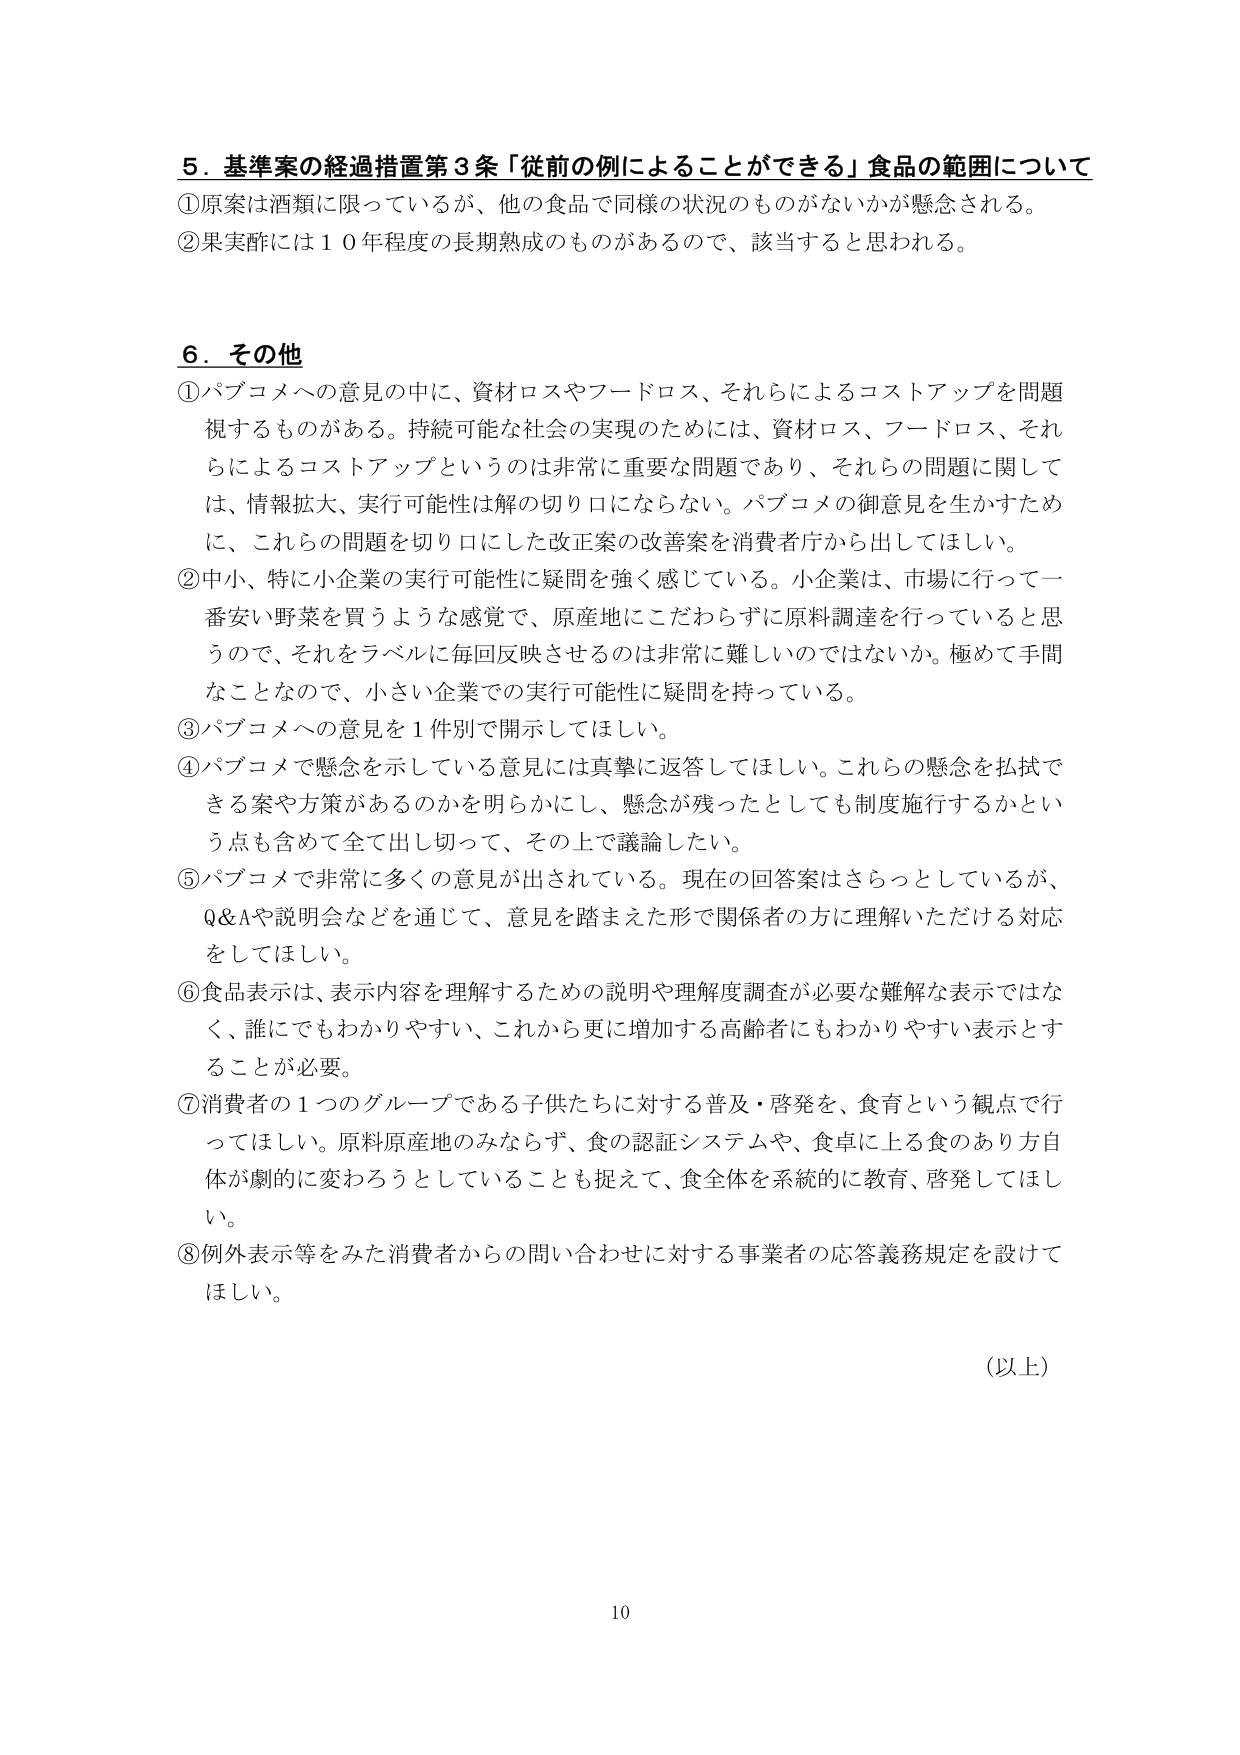
５．基準案の経過措置第３条「従前の例によることができる」食品の範囲について
①原案は酒類に限っているが、他の食品で同様の状況のものがないかが懸念される。
②果実酢には１０年程度の長期熟成のものがあるので、該当すると思われる。

６．その他
①パブコメへの意見の中に、資材ロスやフードロス、それらによるコストアップを問題視するものがある。持続可能な社会の実現のためには、資材ロス、フードロス、それらによるコストアップというのは非常に重要な問題であり、それらの問題に関しては、情報拡大、実行可能性は解の切り口にならない。パブコメの御意見を生かすために、これらの問題を切り口にした改正案の改善案を消費者庁から出してほしい。
②中小、特に小企業の実行可能性に疑問を強く感じている。小企業は、市場に行って一番安い野菜を買うような感覚で、原産地にこだわらずに原料調達を行っていると思うので、それをラベルに毎回反映させるのは非常に難しいのではないか。極めて手間なことなので、小さい企業での実行可能性に疑問を持っている。
③パブコメへの意見を１件別で開示してほしい。
④パブコメで懸念を示している意見には真摯に返答してほしい。これらの懸念を払拭できる案や方策があるのかを明らかにし、懸念が残ったとしても制度施行するかという点も含めて全て出し切って、その上で議論したい。
⑤パブコメで非常に多くの意見が出されている。現在の回答案はさらっとしているが、Q&Aや説明会などを通じて、意見を踏まえた形で関係者の方に理解いただける対応をしてほしい。
⑥食品表示は、表示内容を理解するための説明や理解度調査が必要な難解な表示ではなく、誰にでもわかりやすい、これから更に増加する高齢者にもわかりやすい表示とすることが必要。
⑦消費者の１つのグループである子供たちに対する普及・啓発を、食育という観点で行ってほしい。原料原産地のみならず、食の認証システムや、食卓に上る食のあり方自体が劇的に変わろうとしていることも捉えて、食全体を系統的に教育、啓発してほしい。
⑧例外表示等をみた消費者からの問い合わせに対する事業者の応答義務規定を設けてほしい。

（以上）

10